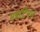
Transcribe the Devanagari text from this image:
मन्नाटियार